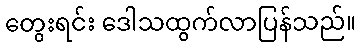
တွေးရင်း ဒေါသထွက်လာပြန်သည်။